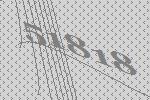
51818